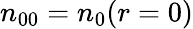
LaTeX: n_{00}=n_{0}(r=0)